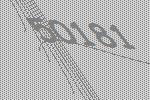
50181